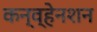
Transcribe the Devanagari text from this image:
कन्व्हेनशन